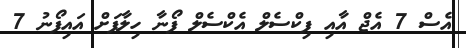
އެސް 7 އެޖް އާއި ޕިކްސެލް އެކްސެލް ފޯނާ ހިލާފަށް އައިފޯނު 7